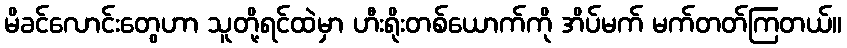
မိခင်လောင်းတွေဟာ သူတို့ရင်ထဲမှာ ဟီးရိုးတစ်ယောက်ကို အိပ်မက် မက်တတ်ကြတယ်။